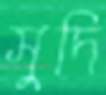
সুদি